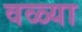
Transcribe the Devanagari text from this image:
वळ्या